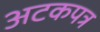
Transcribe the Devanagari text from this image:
अटकपत्र